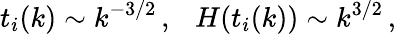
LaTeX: t_{i}(k)\sim k^{-3/2}\, ,~~~H(t_{i}(k))\sim k^{3/2}\, ,